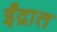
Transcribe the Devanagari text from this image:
ईंद्रात